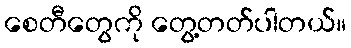
စေတီတွေကို တွေ့တတ်ပါတယ်။